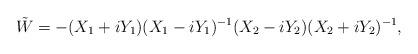
LaTeX: \begin{align*} \tilde{W} = - (X_1 + i Y_1) (X_1 - i Y_1)^{-1} (X_2 - i Y_2) (X_2 + i Y_2)^{-1},\end{align*}